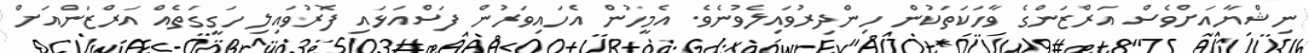
ނިޝްޔާއަށްވެސް އަރްޒަންގެ ވާހަކަތަކުން ހިންދިރުވައިލެވުނެވެ. އެމީހުން އެހައިވަރުން ފަސްއަޅައި ފޮރުވައިލި ހަގީގަތެއް އަރްޒަންއަށް